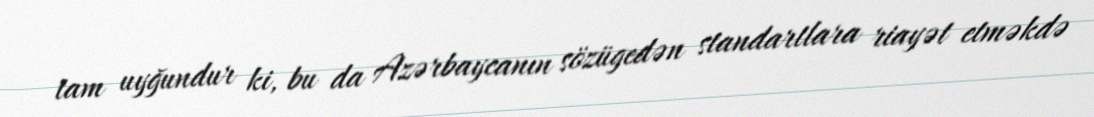
tam uyğundur ki, bu da Azərbaycanın sözügedən standartlara riayət etməkdə